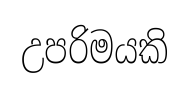
උපරිමයකි